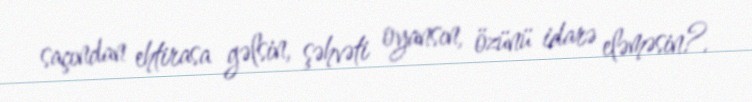
saçından ehtirasa gəlsin, şəhvəti oyansın, özünü idarə eləməsin?.